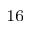
^ { 1 6 }